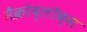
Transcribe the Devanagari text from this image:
मैक्रोब्लॉक्स